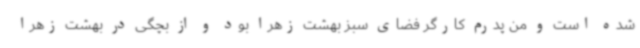
شده است و من پدرم کارگر فضای سبز بهشت زهرا بود و از بچگی در بهشت زهرا